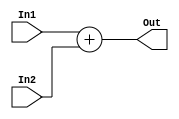
module Add32bit(In1, In2, Out);
	input [31:0] In1, In2;
	output [31:0] Out;
	
	assign Out = In1 + In2;
endmodule